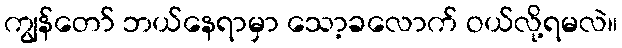
ကျွန်တော် ဘယ်နေရာမှာ သော့ခလောက် ဝယ်လို့ရမလဲ။